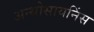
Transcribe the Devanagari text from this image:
अन्थोसायनिंस